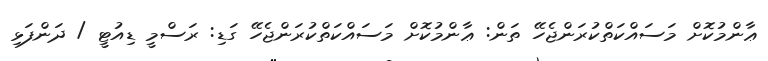
ޢާންމުކޮށް މަސައްކަތްކުރަންޖެހޭ ތަން: ޢާންމުކޮށް މަސައްކަތްކުރަންޖެހޭ ގަޑި: ރަސްމީ ޑިއުޓީ / ދަންފަޅި